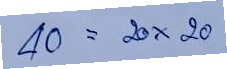
40 = 20x20